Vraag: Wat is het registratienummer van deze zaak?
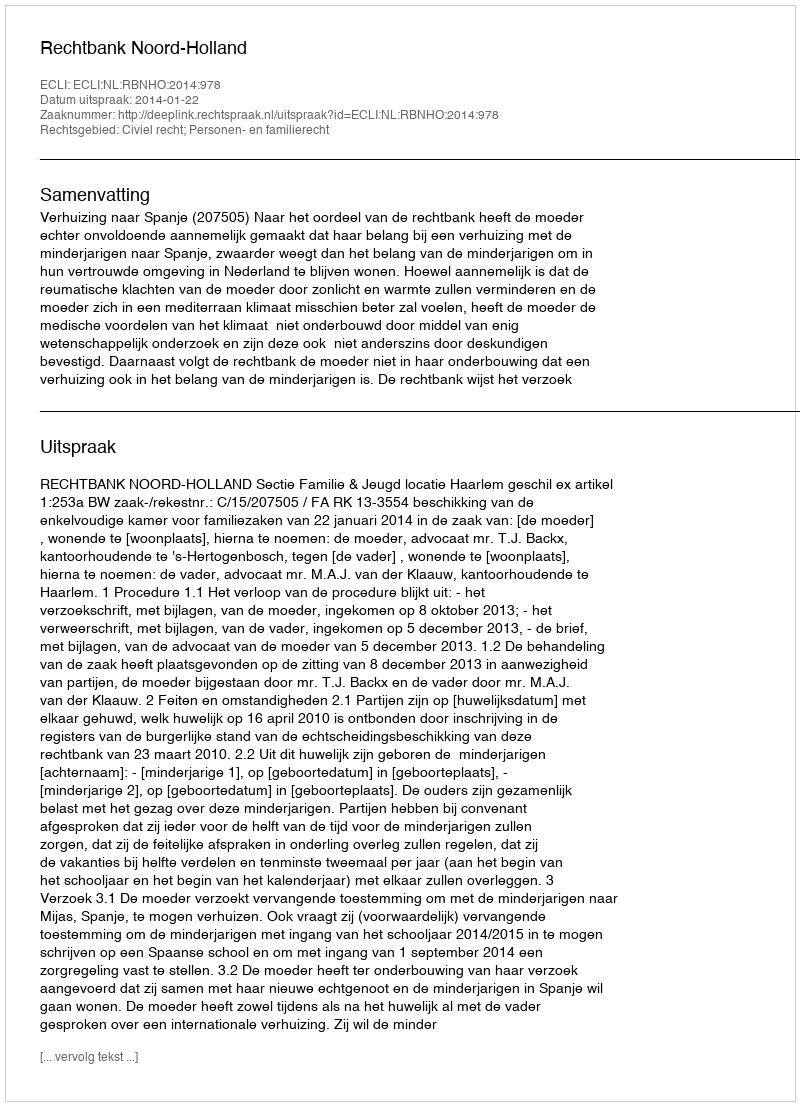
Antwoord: http://deeplink.rechtspraak.nl/uitspraak?id=ECLI:NL:RBNHO:2014:978